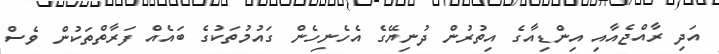
އަދި ރާއްޖެއާއި އިންޑިއާގެ އިތުރުން ދުނިޔޭގެ އެހެނިހެން ގައުމުތަކުގެ ބައެއް ފަރާތްތަކުން ވެސް